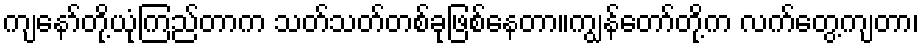
ကျနော်တို့ယုံကြည်တာက သတ်သတ်တစ်ခုဖြစ်နေတာ။ကျွန်တော်တို့က လက်တွေ့ကျတာ၊